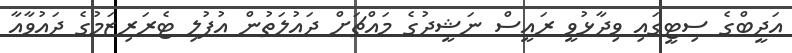
އަދީބްގެ ސިޓީގައި ވިދާޅުވީ ރައީސް ނަޝީދުގެ މައްޗަށް ދައުލަތުން އުފުލި ޓެރަރިޒަމުގެ ދައުވާއާ